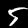
Digit: 5